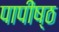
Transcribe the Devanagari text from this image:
पापीष्ठ